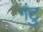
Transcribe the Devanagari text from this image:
गंटु